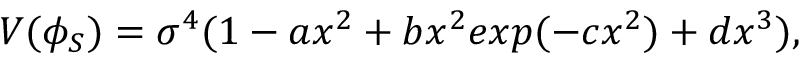
V ( \phi _ { S } ) = \sigma ^ { 4 } ( 1 - a x ^ { 2 } + b x ^ { 2 } e x p ( - c x ^ { 2 } ) + d x ^ { 3 } ) ,